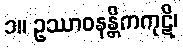
၁။ ဥဿာဝနန္တိကကုဋိ၊